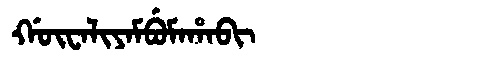
Manchu: ᡤᡡᠸᠠᠯᡳᠶᠠᠮᠪᡠᠮᠠᡥᠠᠪᡳ
Romanization: GŪWALIYAMBUMAHABI